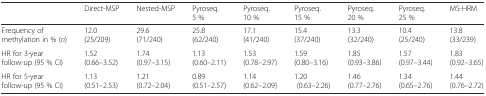
<table><thead><tr><td></td><td><b>Direct-MSP</b></td><td><b>Nested-MSP</b></td><td><b>Pyroseq. 5 %</b></td><td><b>Pyroseq. 10 %</b></td><td><b>Pyroseq. 15 %</b></td><td><b>Pyroseq. 20 %</b></td><td><b>Pyroseq. 25 %</b></td><td><b>MS-HRM</b></td></tr></thead><tbody><tr><td>Frequency of methylation in % (<i>n</i>)</td><td>12.0 (25/209)</td><td>29.6 (71/240)</td><td>25.8 (62/240)</td><td>17.1 (41/240)</td><td>15.4 (37/240)</td><td>13.3 (32/240)</td><td>10.4 (25/240)</td><td>13.8 (33/239)</td></tr><tr><td>HR for 3-year follow-up (95 % CI)</td><td>1.52 (0.66–3.52)</td><td>1.74 (0.97–3.15)</td><td>1.13 (0.60–2.11)</td><td>1.53 (0.78–2.97)</td><td>1.59 (0.80–3.16)</td><td>1.85 (0.93–3.86)</td><td>1.57 (0.97–3.44)</td><td>1.83 (0.92–3.65)</td></tr><tr><td>HR for 5-year follow-up (95 % CI)</td><td>1.13 (0.51–2.53)</td><td>1.21 (0.72–2.04)</td><td>0.89 (0.51–2.57)</td><td>1.14 (0.62–2.09)</td><td>1.20 (0.63–2.26)</td><td>1.46 (0.77–2.76)</td><td>1.34 (0.65–2.76)</td><td>1.44 (0.76–2.72)</td></tr></tbody></table>